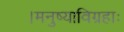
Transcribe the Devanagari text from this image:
।मनुष्याविग्रहाः